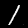
Digit: 1